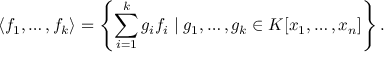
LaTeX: \langle f _ { 1 } , \ldots , f _ { k } \rangle = \left\{ \sum _ { i = 1 } ^ { k } g _ { i } f _ { i } \; | \; g _ { 1 } , \ldots , g _ { k } \in K [ x _ { 1 } , \ldots , x _ { n } ] \right\} .